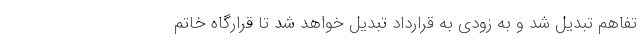
تفاهم تبدیل شد و به زودی به قرارداد تبدیل خواهد شد تا قرارگاه خاتم